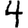
Digit: 4